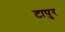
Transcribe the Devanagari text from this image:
टापुर